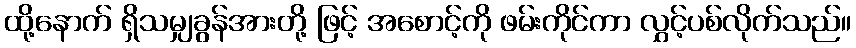
ထို့နောက် ရှိသမျှခွန်အားတို့ ဖြင့် အစောင့်ကို ဖမ်းကိုင်ကာ လွှင့်ပစ်လိုက်သည်။